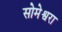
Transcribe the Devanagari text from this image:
सोमेश्वरा